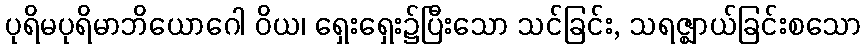
ပုရိမပုရိမာဘိယောဂေါ ဝိယ၊ ရှေးရှေး၌ပြီးသော သင်ခြင်း, သရဇ္ဈာယ်ခြင်းစသော